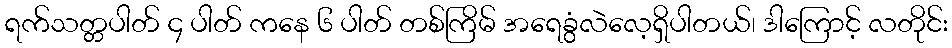
ရက်သတ္တပါတ် ၄ ပါတ် ကနေ ၆ ပါတ် တစ်ကြိမ် အရေခွံလဲလေ့ရှိပါတယ်၊ ဒါကြောင့် လတိုင်း